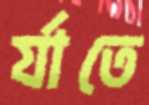
র‍্যাতে